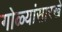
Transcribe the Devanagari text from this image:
गोळ्यांसारखे